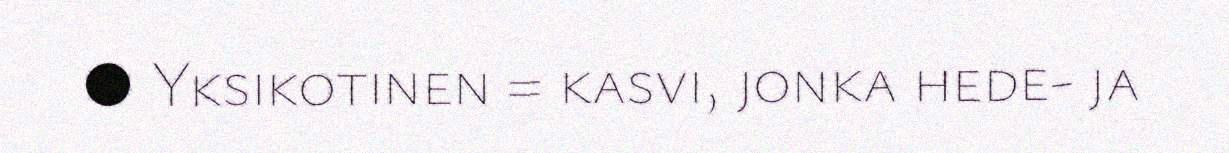
● Yksikotinen = kasvi, jonka hede- ja